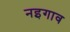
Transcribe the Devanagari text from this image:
नइगाव